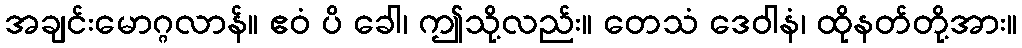
အချင်းမောဂ္ဂလာန်။ ဧဝံ ပိ ခေါ၊ ဤသို့လည်း။ တေသံ ဒေဝါနံ၊ ထိုနတ်တို့အား။